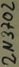
Text: 2N3702